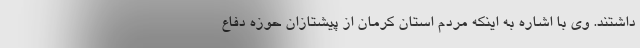
داشتند. وی با اشاره به اینکه مردم استان کرمان از پیشتازان حوزه دفاع